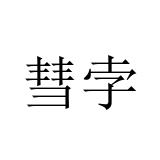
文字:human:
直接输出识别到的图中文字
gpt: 彗孛